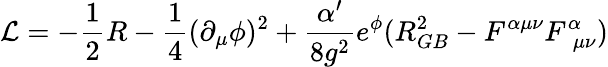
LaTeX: {\cal L}=-\frac{1}{2}R-\frac{1}{4}(\partial_{\mu}\phi)^{2}+\frac{\alpha^{\prime}}{8g^{2}}e^{\phi}(R_{GB}^{2}-F^{\alpha\mu\nu}F_{\, \, \mu\nu}^{\alpha})